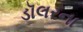
ડૉલરના